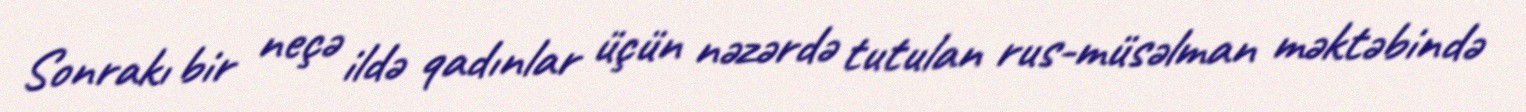
Sonrakı bir neçə ildə qadınlar üçün nəzərdə tutulan rus-müsəlman məktəbində